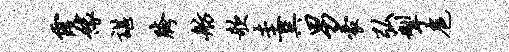
霞缘谌胯舫欹圭巽男豪弘掣扈